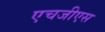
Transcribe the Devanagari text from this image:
एचजीएस